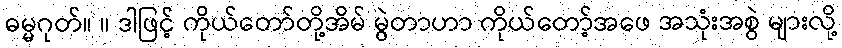
ဓမ္မဂုတ်။ ။ ဒါဖြင့် ကိုယ်တော်တို့အိမ် မွဲတာဟာ ကိုယ်တော့်အဖေ အသုံးအစွဲ များလို့